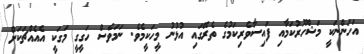
އަހަންނަކީ މަޝްހޫރުކަމާއި ފައިސާވެރިކަމުގެ ތެރޭގައި އުޅުނު މީހަކީމެވެ. ނަމަވެސް ހަގީގީ މަގަކީ އެއެއްޗަކަށް